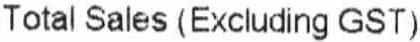
TOTAL SALES (EXCLUDING GST)